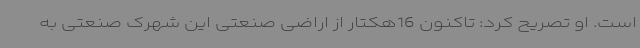
است. او تصریح کرد: تاکنون 16هکتار از اراضی صنعتی این شهرک صنعتی به